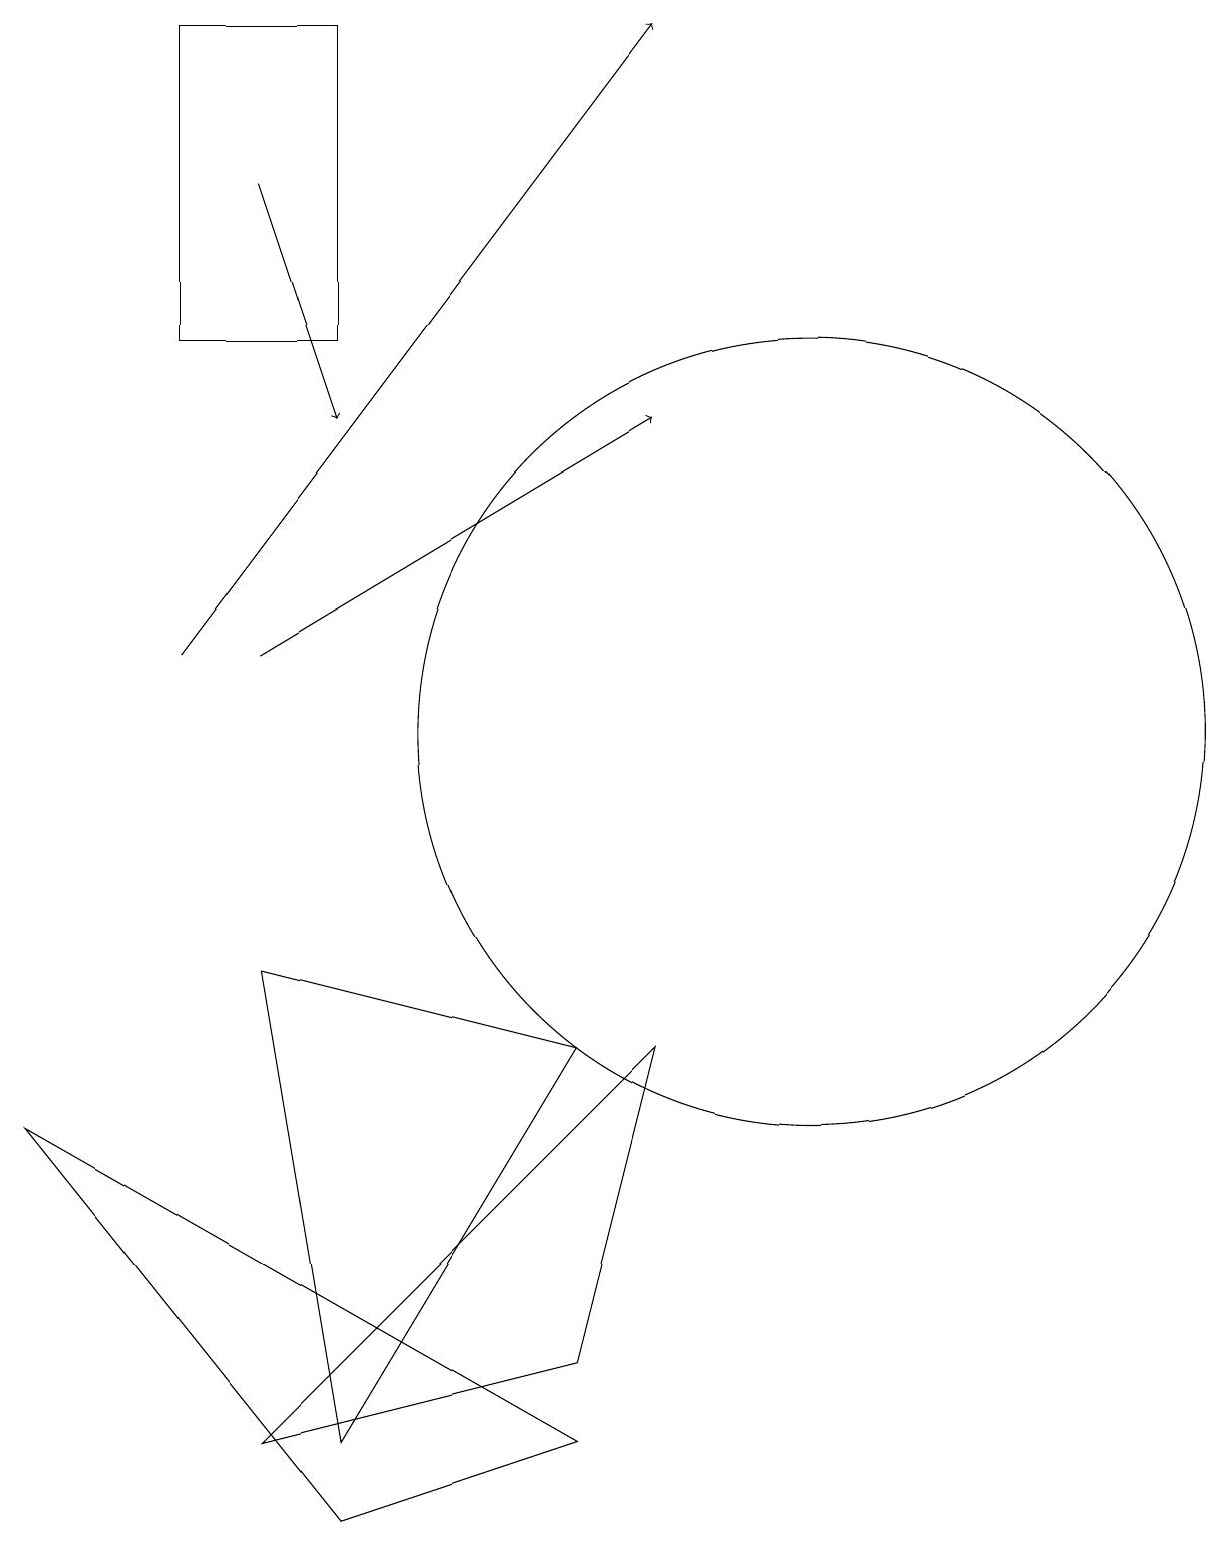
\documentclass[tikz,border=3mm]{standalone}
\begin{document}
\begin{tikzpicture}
\draw[->] (3,11) -- (9,19);
\draw (5,15) rectangle (3,19);
\draw (11,10) circle (5);
\draw (5,1) -- (4,7) -- (8,6) -- cycle;
\draw[->] (4,11) -- (9,14);
\draw (5,0) -- (1,5) -- (8,1) -- cycle;
\draw (8,2) -- (9,6) -- (4,1) -- cycle;
\draw[->] (4,17) -- (5,14);
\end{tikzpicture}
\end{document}